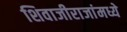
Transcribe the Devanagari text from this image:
शिवाजीराजांमध्ये